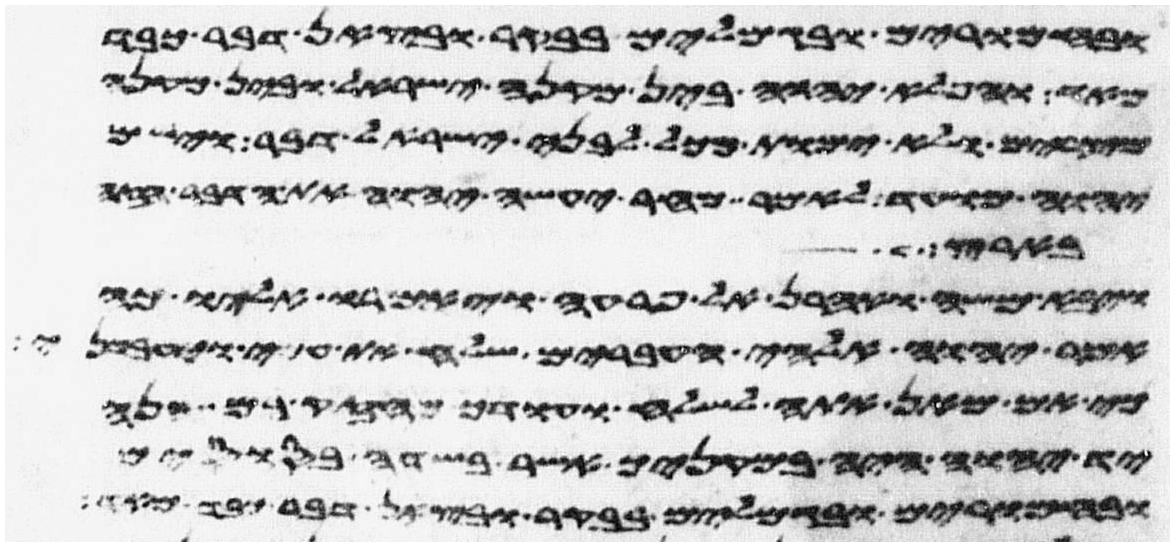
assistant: ובחמרים ובגמלים בבקר ובצאן דבר כבד
מאד והפלא יהוה בין מקנה ישראל ובין מקנה
מצרים ולא ימות מכל לבני ישראל דבר וישם
יהוה מועד לאמר מחר יעשה יהוה את הדבר הזה
בארץ
ויבא משה ואהרן אל פרעה ויאמרו אליו כה
אמר יהוה אלהי העברים שלח את עמי ויעבדני
כי אם מאן אתה לשלח ועודך מחזק בם הנה
יד יהוה היה במקניך אשר בשדה בסוסים
ובחמרים ובגמלים בבקר ובצאן דבר כבד מאד